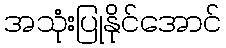
အသုံးပြုနိုင်အောင်